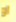
او